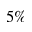
5 \%